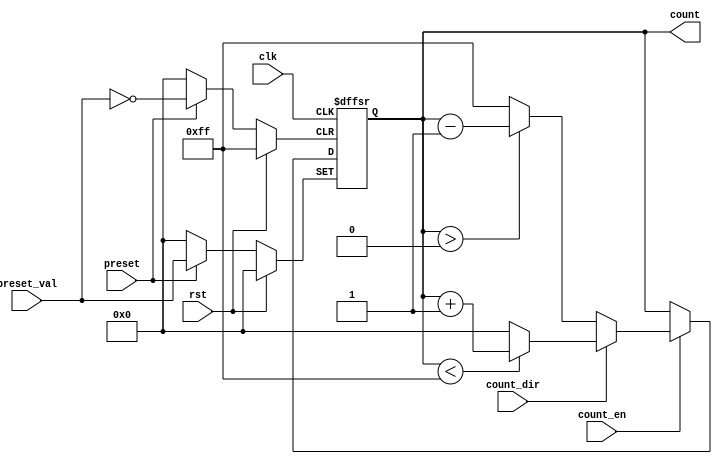
module presettable_counter (
    input wire clk,               // Clock signal
    input wire rst,               // Asynchronous reset
    input wire preset,            // Asynchronous preset signal
    input wire [7:0] preset_val,  // Preset value (8-bit wide)
    input wire count_en,          // Count enable signal
    input wire count_dir,         // Count direction (1 for up, 0 for down)
    output reg [7:0] count        // Current counter value (8-bit wide)
);

    // Define the maximum and minimum values for the counter
    parameter MAX_COUNT = 8'hFF;  // Maximum count value (255)
    parameter MIN_COUNT = 8'h00;  // Minimum count value (0)

    always @(posedge clk or posedge rst or posedge preset) begin
        if (rst) begin
            count <= MIN_COUNT;  // Reset counter to minimum value
        end else if (preset) begin
            count <= preset_val;  // Load preset value into counter
        end else if (count_en) begin
            if (count_dir) begin
                // Count up
                if (count < MAX_COUNT) begin
                    count <= count + 1;  // Increment counter
                end else begin
                    count <= MIN_COUNT;  // Wrap around to minimum
                end
            end else begin
                // Count down
                if (count > MIN_COUNT) begin
                    count <= count - 1;  // Decrement counter
                end else begin
                    count <= MAX_COUNT;  // Wrap around to maximum
                end
            end
        end
    end

endmodule